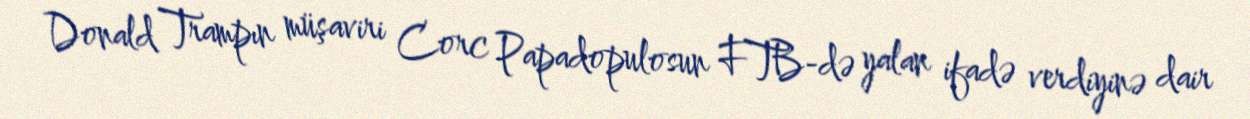
Donald Trampın müşaviri Corc Papadopulosun FTB-də yalan ifadə verdiyinə dair